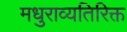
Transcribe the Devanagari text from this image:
मधुराव्यतिरिक्त